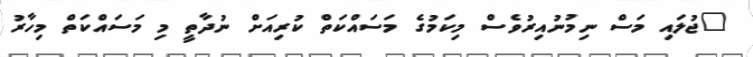
"ޖުލައި މަސް ނިމުނުއިރުވެސް މިކަމުގެ މަސައްކަތް ކުރިއަށް ނުދާތީ މި މަސައްކަތް މިހާރު